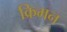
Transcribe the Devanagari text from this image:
क्रिमन